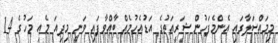
މިމައްސަލާގައި އެންމެފަހުން ޝަރީއަތުގެ އަޑުއެހުމެއް ބާއްވާފައި ވަނީ މިދިއަ މެއި މަހުގެ 14